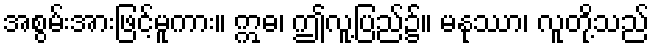
အစွမ်းအားဖြင့်မူကား။ ဣဓ၊ ဤလူ့ပြည်၌။ မနုဿာ၊ လူတို့သည်